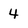
Character: 4